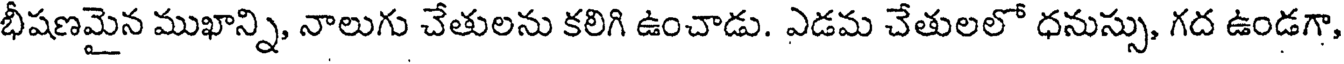
భీషణమైన ముఖాన్ని, నాలుగు చేతులను కలిగి ఉంచాడు. ఎడమ చేతులలో ధనుస్సు, గద ఉండగా,